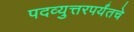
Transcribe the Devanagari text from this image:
पदव्युत्तरपर्यंतचे